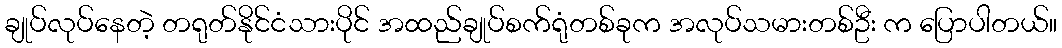
ချုပ်လုပ်နေတဲ့ တရုတ်နိုင်ငံသားပိုင် အထည်ချုပ်စက်ရုံတစ်ခုက အလုပ်သမားတစ်ဦး က ပြောပါတယ်။